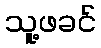
သူ့ဖခင်